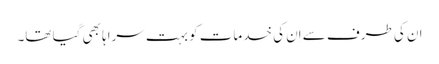
ان کی طرف سے اِن کی خدمات کو بہت سراہا بھی گیا تھا۔